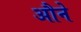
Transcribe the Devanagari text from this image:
औने